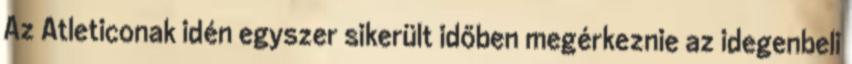
Az Atleticonak idén egyszer sikerült időben megérkeznie az idegenbeli